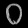
Digit: ၀